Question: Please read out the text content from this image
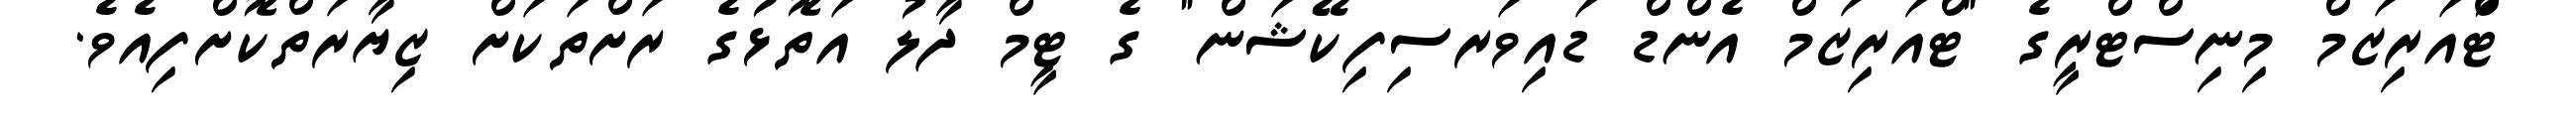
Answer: ޓްުއަރިޒަމް މިނިސްޓްރީގެ "ޓްއަރިޒަމް އެންޑް ޑައިވަރސިފިކޭޝަން" ގެ ޓީމް ދާލު އަތޮޅުގެ ރަށްތަކަށް ޒިޔާރަތްކޮށްފިއެވެ.